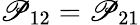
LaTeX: \mathscr{P}_{12}=\mathscr{P}_{21}